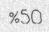
%50